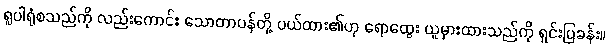
ရူပါရုံစသည်ကို လည်းကောင်း သောတာပန်တို့ ပယ်ထား၏ဟု ရောထွေး ယူမှားထားသည်ကို ရှင်းပြခန်း။